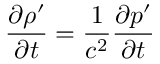
\frac { \partial \rho ^ { \prime } } { \partial t } = \frac { 1 } { c ^ { 2 } } \frac { \partial p ^ { \prime } } { \partial t }